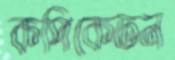
কপিকেতন